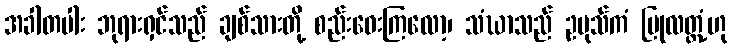
အခါတပါး ဘုရားရှင်သည် ချစ်သားတို့ စည်းဝေးကြလော့၊ သံဃာသည် ဥပုသ်ကံ ပြုလတ္တံ့ဟု